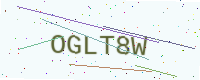
Text: OGLT8W